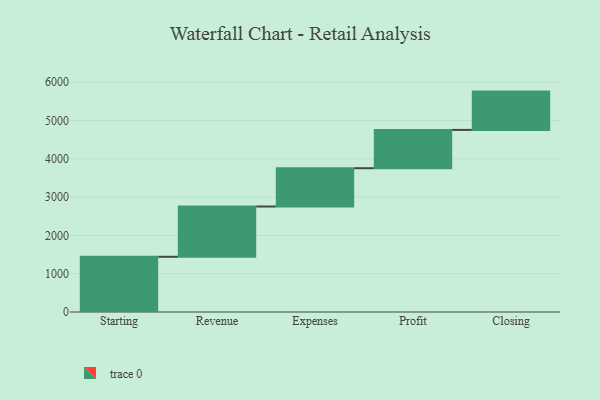
{"axis": {"x": "Step", "y": "Value"}, "legend": [""], "data": [{"x": "Starting", "y": 1441.0, "type": ""}, {"x": "Revenue", "y": 1313.0, "type": ""}, {"x": "Expenses", "y": 1000, "type": ""}, {"x": "Profit", "y": 1000, "type": ""}, {"x": "Closing", "y": 1000, "type": ""}]}